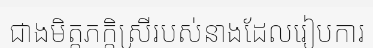
ជាងមិត្តភក្តិស្រីរបស់នាងដែលរៀបការ